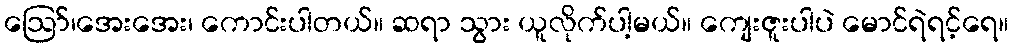
ဪ၊အေးအေး၊ ကောင်းပါတယ်။ ဆရာ သွား ယူလိုက်ပါ့မယ်။ ကျေးဇူးပါပဲ မောင်ရဲရင့်ရေ။